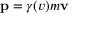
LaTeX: \mathbf { p } = \gamma ( v ) m \mathbf { v }